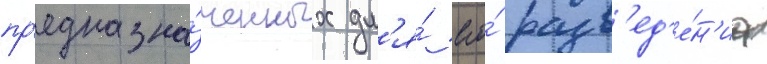
пр'едназна́ченных дл'я́ его́ разв'ед'е́н'иа